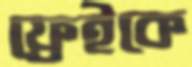
ফ্রেইকে